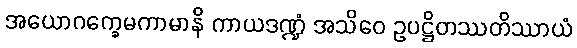
အယောဂက္ခေမကာမာနိ ကာယဒဏ္ဍံ အသိဝေ ဥပဋ္ဌိတဿတိဿာယံ